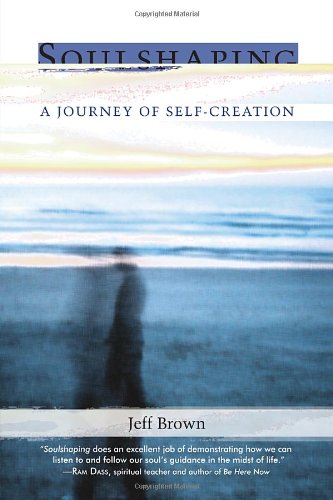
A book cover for Soulshaping: A Journey of Self-Creation; Jeff Brown; Law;